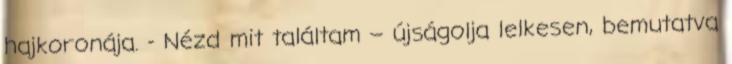
hajkoronája. - Nézd mit találtam – újságolja lelkesen, bemutatva